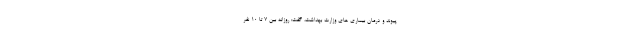
پیوند و درمان بیماری های وزارت بهداشت، گفت: روزانه بین ۷ تا ۱۰ نفر